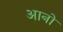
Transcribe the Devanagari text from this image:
आनों